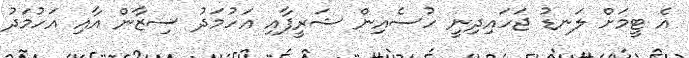
އެ ޓީމަށް ލަނޑު ޖަހައިދިނީ ހުސެއިން ޝަރީފާއި އަހުމަދު ސިޒާން އާއި އަހުމަދު